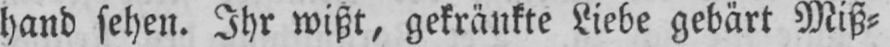
hand sehen. Ihr wißt, gekränkte Liebe gebärt Miß⸗